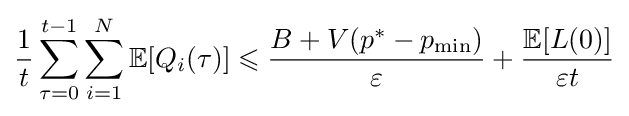
{\frac {1}{t}}\sum _{\tau =0}^{t-1}\sum _{i=1}^{N}\mathbb {E} [Q_{i}(\tau )]\leqslant {\frac {B+V(p^{*}-p_{\min })}{\varepsilon }}+{\frac {\mathbb {E} [L(0)]}{\varepsilon t}}